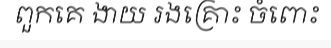
ពួកគេ ងាយ រងគ្រោះ ចំពោះ